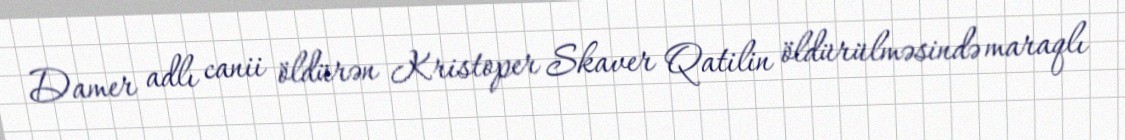
Damer adlı canii öldürən Kristoper Skaver Qatilin öldürülməsində maraqlı